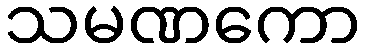
သမဏကော